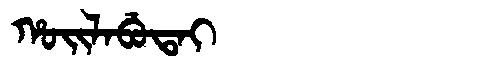
Manchu: ᡥᠣᡳᠯᠠᠪᡠᡨᠠᡳ
Romanization: HOILABUTAI